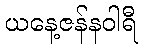
ယနေ့ဇန်နဝါရီ